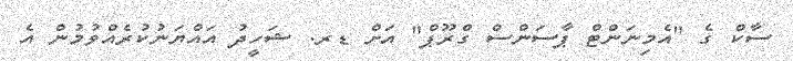
ސާކް ގެ "އެމިނަންޓް ޕާސަންސް ގްރޫޕް" އަށް ޑރ. ޝަހީދު އައްޔަނުކުރެއްވުމުން އެ